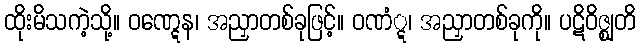
ထိုးမိသကဲ့သို့။ ဝဏ္ဋေန၊ အညှာတစ်ခုဖြင့်။ ဝဏံ္ဋ၊ အညှာတစ်ခုကို။ ပဋိဝိဇ္ဈတိ